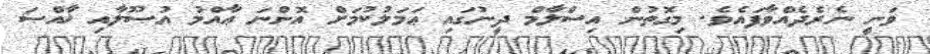
ވަނީ ނެރެދެއްވާފައެވެ. މިގޮތުން އިސްލާމް ދީނުގައި ޢަމަލުކުމަށް އޮންނަ ޢާއްމު އުޞޫލާއި ޚާއްޞަ